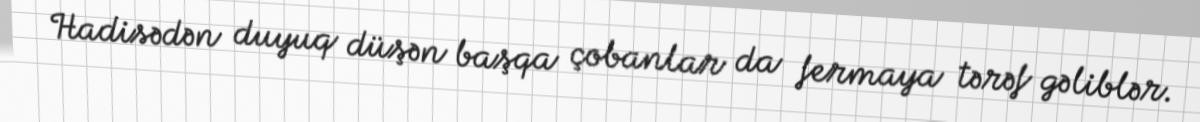
Hadisədən duyuq düşən başqa çobanlar da fermaya tərəf gəliblər.